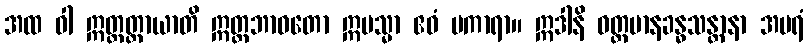
အထ ဝါ ဣတ္ထတ္တာယာတိ ဣတ္ထဘာဝတော ဣမသ္မာ ဧဝံ ပကာရာ။ ဣဒါနိ ဝတ္တမာနခန္ဓသန္တာနာ အပရံ